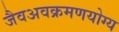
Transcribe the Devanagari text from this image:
जैवअवक्रमणयोग्य